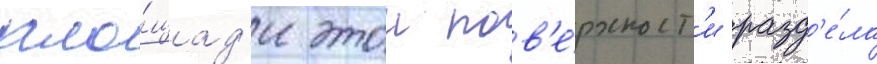
пло́щад'и этои пов'е́рхност'и разд'е́ла